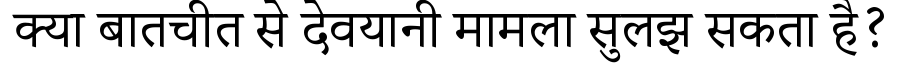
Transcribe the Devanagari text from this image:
क्या बातचीत से देवयानी मामला सुलझ सकता है?